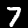
Label: 7